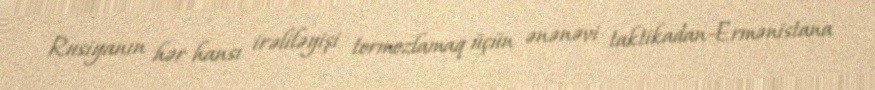
Rusiyanın hər hansı irəliləyişi tormozlamaq üçün ənənəvi taktikadan-Ermənistana